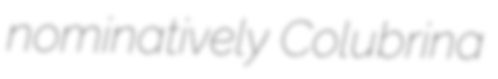
nominatively Colubrina